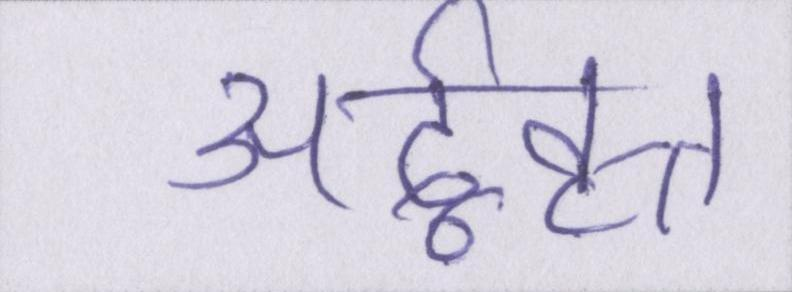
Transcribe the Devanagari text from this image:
अर्द्ववृत्त